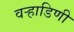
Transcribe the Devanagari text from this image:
वर्‍हाडिणी